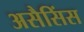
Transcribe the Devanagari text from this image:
असैसिंस